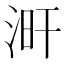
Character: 涆